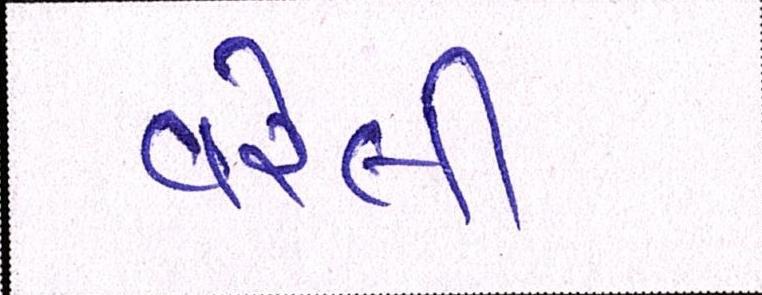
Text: વરેલી